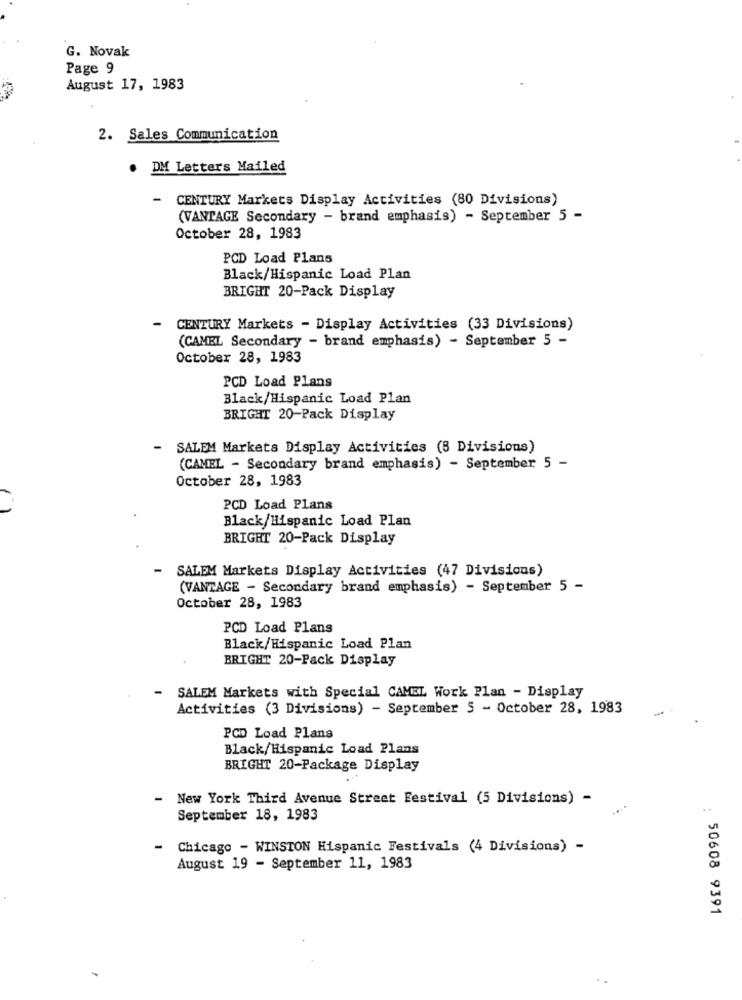
G. Novak
Page 9
August 17, 1983
2. Sales Communication
. DM Letters Mailed
-
CENTURY Markets Display Activities (80 Divisions)
(VANTAGE Secondary - brand emphasis) - September 5 -
October 28, 1983
PCD Load Plans
Black/Hispanic Load Plan
BRIGHT 20-Pack Display
-
CENTURY Markets - Display Activities (33 Divisions)
(CAMEL Secondary - brand emphasis) - September 5 -
October 28, 1983
PCD Load Plans
Black/Hispanic Load Plan
BRIGHT 20-Pack Display
SALEM Markets Display Activities (8 Divisions)
(CAMEL - Secondary brand emphasis) - September 5 -
October 28, 1983
PCD Load Plans
Black/Hispanic Load Plan
BRIGHT 20-Pack Display
SALEM Markets Display Activities (47 Divisions)
(VANTAGE - Secondary brand emphasis) - September 5 -
October 28, 1983
PCD Load Plans
Black/Hispanic Load Plan
BRIGHT 20-Pack Display
-
SALEM Markets with Special CAMEL Work Plan - Display
Activities (3 Divisions) - September 5 - October 28, 1983
PCD Load Plans
Black/Hispanic Load Plans
BRIGHT 20-Package Display
- New York Third Avenue Street Festival (5 Divisions) -
September 18, 1983
Chicago - WINSTON Hispanic Festivals (4 Divisions) -
August 19 - September 11, 1983
: 50608 9391